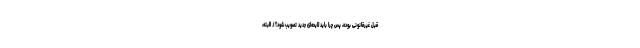
قبل غیر‌قانونی بوده، پس چرا باید لایحه‌ای جدید تصویب شود؟). البته،